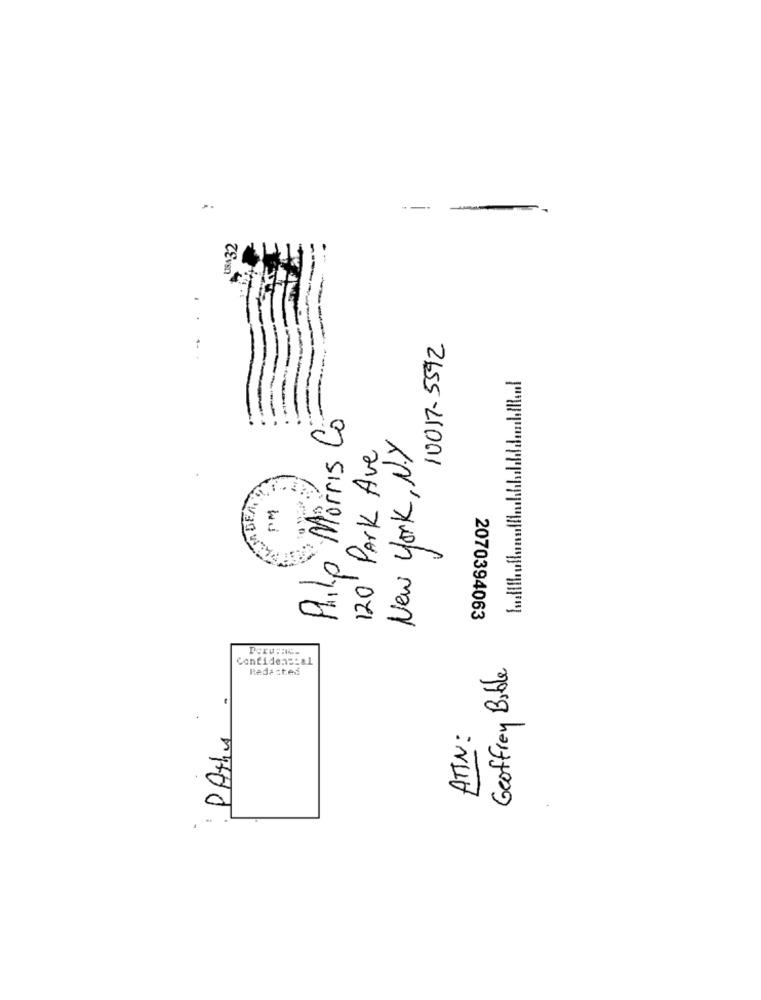
USA 32
10017-5592
Philip Morris Co
120' Park Ave
New York, NY
DEM
PM
2070394063
Confidencial
Geoffrey Bible
Redacted
PAthe.
ATIN: